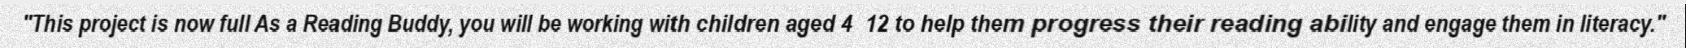
"This project is now full As a Reading Buddy, you will be working with children aged 4  12 to help them progress their reading ability and engage them in literacy."